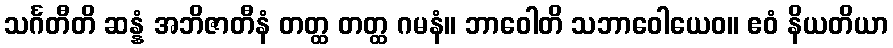
သင်္ဂတီတိ ဆန္နံ အဘိဇာတီနံ တတ္ထ တတ္ထ ဂမနံ။ ဘာဝေါတိ သဘာဝေါယေဝ။ ဧဝံ နိယတိယာ